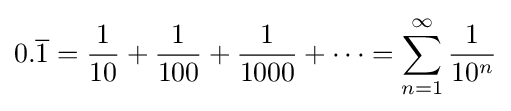
0.{\overline {1}}={\frac {1}{10}}+{\frac {1}{100}}+{\frac {1}{1000}}+\cdots =\sum _{n=1}^{\infty }{\frac {1}{10^{n}}}